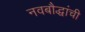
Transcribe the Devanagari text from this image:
नवबौद्धांची